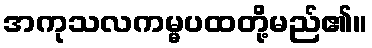
အကုသလကမ္မပထတို့မည်၏။